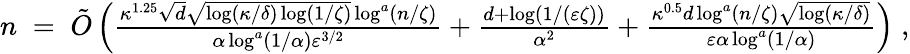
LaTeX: \begin{array}{r}{n\; =\; \tilde{O}\left(\frac{\kappa^{1.25}\sqrt{d}\sqrt{\log(\kappa/\delta)\log(1/\zeta)}\log^{a}(n/\zeta)}{\alpha\log^{a}(1/\alpha)\varepsilon^{3/2}}+\frac{d+\log(1/(\varepsilon\zeta))}{\alpha^{2}}+\frac{\kappa^{0.5}d\log^{a}(n/\zeta)\sqrt{\log(\kappa/\delta)}}{\varepsilon\alpha\log^{a}(1/\alpha)}\right)\; ,}\end{array}